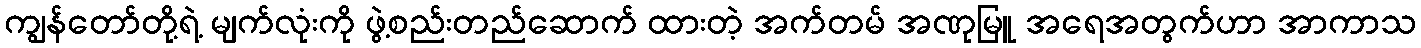
ကျွန်တော်တို့ရဲ့ မျက်လုံးကို ဖွဲ့စည်းတည်ဆောက် ထားတဲ့ အက်တမ် အဏုမြူ အရေအတွက်ဟာ အာကာသ